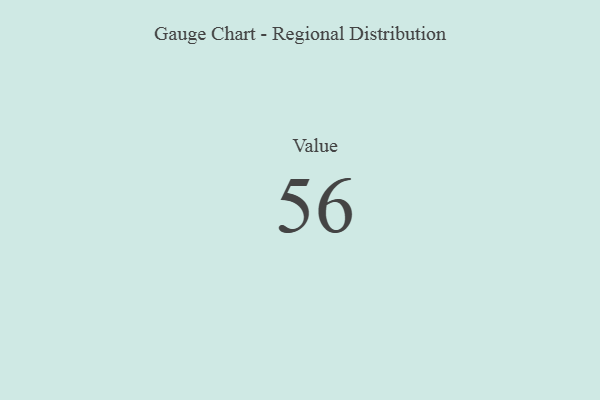
{"axis": {"x": "Metric", "y": "Value"}, "legend": [""], "data": [{"x": "Value", "y": 56, "type": ""}]}